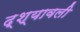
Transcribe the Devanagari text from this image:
द्श्यावली